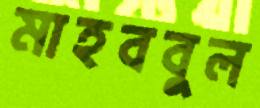
মাহববুল